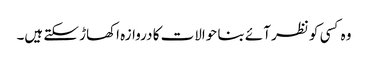
وہ کسی کو نظر آئے بنا حوالات کا دروازہ اکھاڑ سکتے ہیں۔